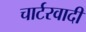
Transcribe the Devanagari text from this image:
चार्टरवादी